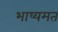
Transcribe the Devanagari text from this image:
भाष्यमत